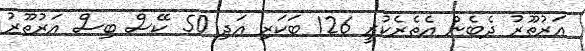
އަރުތޫރު ދެބެން އެތެރެކުރީ 126 ބަކަރި އަދި 50 ކޭސް ބިސް އަރުތޫރު